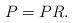
LaTeX: \begin{align*}P=PR.\end{align*}